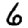
Digit: 6